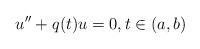
LaTeX: \begin{align*}u''+q(t)u=0,t\in(a,b)\end{align*}